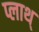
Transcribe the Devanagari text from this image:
प्लाथ्